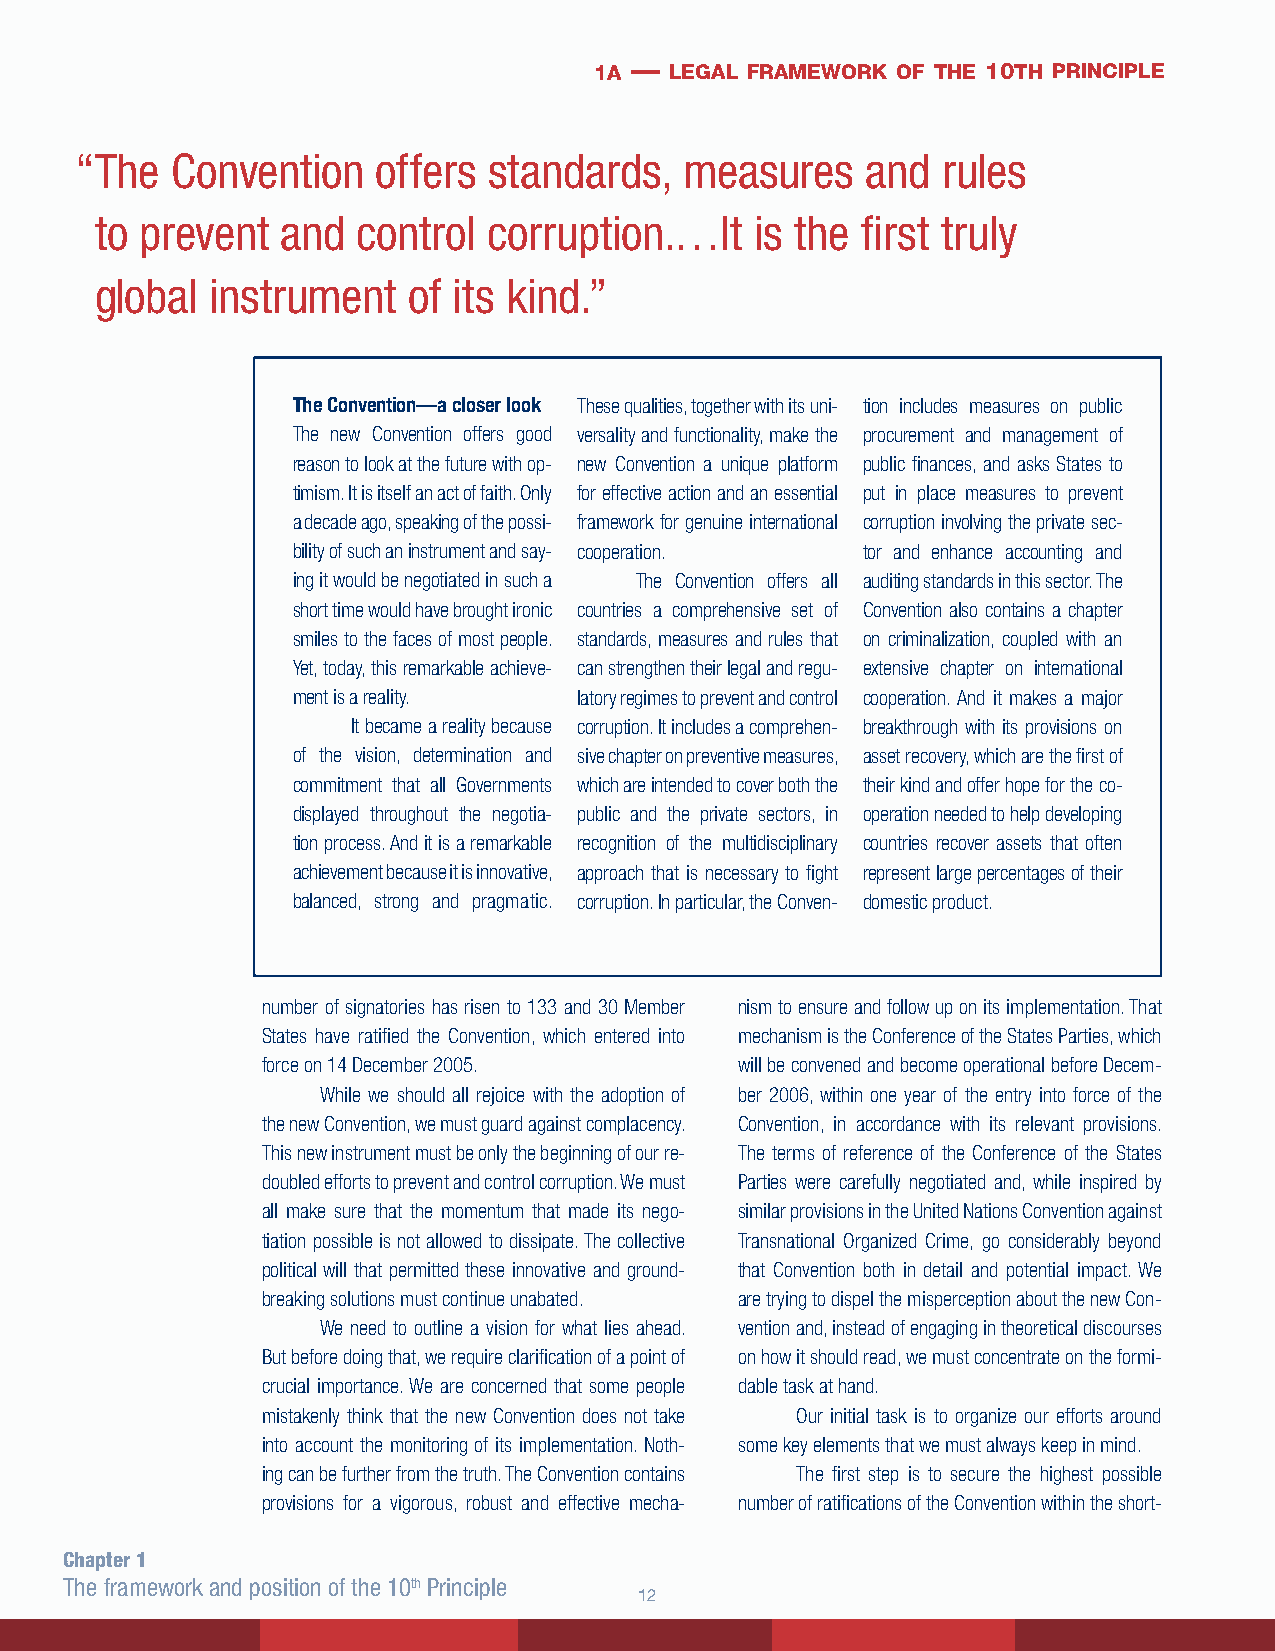
1a — legal framework of the 10th principle
 “ The Convention    offers standards,   measures    and  rules
 to prevent   and  control corruption.…It    is the first truly
 global  instrument   of its kind.”
 The Convention—a closer look These qualities, together with its uni- tion includes measures on public
 The new Convention offers good versality and functionality, make the procurement and management of
 reason to look at the future with op- new Convention a unique platform public finances, and asks States to
 timism. It is itself an act of faith. Only for effective action and an essential put in place measures to prevent
 a decade ago, speaking of the possi- framework for genuine international corruption involving the private sec-
 bility of such an instrument and say- cooperation. tor and enhance accounting and
 ing it would be negotiated in such a The Convention offers all auditing standards in this sector. The
 short time would have brought ironic countries a comprehensive set of Convention also contains a chapter
 smiles to the faces of most people. standards, measures and rules that on criminalization, coupled with an
 Yet, today, this remarkable achieve- can strengthen their legal and regu- extensive chapter on international
 ment is a reality. latory regimes to prevent and control cooperation. And it makes a major
 It became a reality because corruption. It includes a comprehen- breakthrough with its provisions on
 of the vision, determination and sive chapter on preventive measures, asset recovery, which are the first of
 commitment that all Governments which are intended to cover both the their kind and offer hope for the co-
 displayed throughout the negotia- public and the private sectors, in operation needed to help developing
 tion process. And it is a remarkable recognition of the multidisciplinary countries recover assets that often
 achievement because it is innovative, approach that is necessary to fight represent large percentages of their
 balanced, strong and pragmatic. corruption. In particular, the Conven- domestic product.
 number of signatories has risen to 133 and 30 Member nism to ensure and follow up on its implementation. That
 States have ratified the Convention, which entered into mechanism is the Conference of the States Parties, which
 force on 14 December 2005.      will be convened and become operational before Decem-
 While we should all rejoice with the adoption of ber 2006, within one year of the entry into force of the
 the new Convention, we must guard against complacency. Convention, in accordance with its relevant provisions.
 This new instrument must be only the beginning of our re- The terms of reference of the Conference of the States
 doubled efforts to prevent and control corruption. We must Parties were carefully negotiated and, while inspired by
 all make sure that the momentum that made its nego- similar provisions in the United Nations Convention against
 tiation possible is not allowed to dissipate. The collective Transnational Organized Crime, go considerably beyond
 political will that permitted these innovative and ground- that Convention both in detail and potential impact. We
 breaking solutions must continue unabated. are trying to dispel the misperception about the new Con-
 We need to outline a vision for what lies ahead. vention and, instead of engaging in theoretical discourses
 But before doing that, we require clarification of a point of on how it should read, we must concentrate on the formi-
 crucial importance. We are concerned that some people dable task at hand.
 mistakenly think that the new Convention does not take Our initial task is to organize our efforts around
 into account the monitoring of its implementation. Noth- some key elements that we must always keep in mind.
 ing can be further from the truth. The Convention contains The first step is to secure the highest possible
 provisions for a vigorous, robust and effective mecha- number of ratifications of the Convention within the short-
 Chapter 1
 The framework and position of the 10th Principle
 12